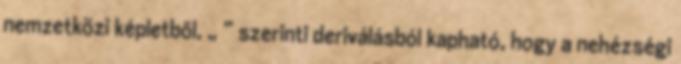
nemzetközi képletből, „Φ” szerinti deriválásból kapható, hogy a nehézségi